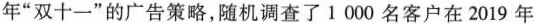
年”双十一”的广告策略，随机调查了1000名客户在2019年